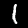
Label: 1